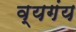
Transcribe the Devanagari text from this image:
व्यगंय